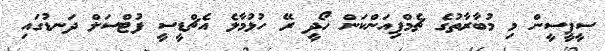
ސީޕީސީން މި މުބާރާތުގެ ޗެމްޕިއަންކަން ހޯދީ ރޭ ހުޅުމާލެ އެޗްޑީސީ ފުޓްސަލް ދަނޑުގައި